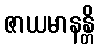
ဇာယမာနန္တိ